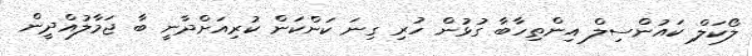
ލޯކަލް ކައުންސިލް އިންތިހާބާ ގުޅުން ހުރި ގިނަ ކަންކަން ކުރިއަށްދާނީ ބާ ޖަމާލުއްދީން